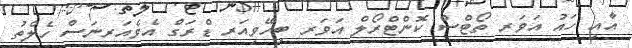
އާއި ހައު އަވަރ ތޯޓްސް ކޮންޓްރޯލް އަވަރ ބިހޭވިއަރ ޑްރަގް އެވެއަރނަސް ހެލްތު